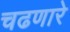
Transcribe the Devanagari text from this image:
चढणारे